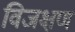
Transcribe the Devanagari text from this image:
विजक्षण